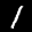
Label: 1